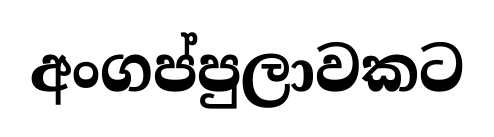
අංගප්පුලාවකට